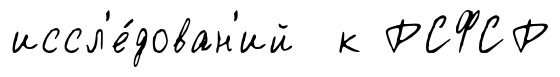
иссл'е́дован'ий к РСФСР